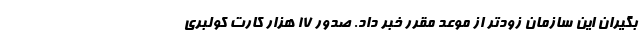
بگیران این سازمان زودتر از موعد مقرر خبر داد. صدور ۱۷ هزار کارت کولبری